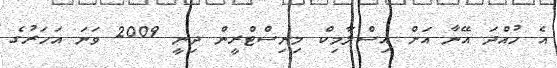
އެ ހުއްދަ އޭނާ އަށް އިސްލާމިކް މިނިސްޓްރީން ދިނީ 2009 ވަނަ އަހަރުގެ